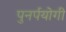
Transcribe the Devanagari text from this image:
पुनर्पयोगी